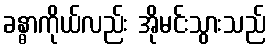
ခန္ဓာကိုယ်လည်း အိုမင်းသွားသည်